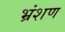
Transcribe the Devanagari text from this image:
भ्रंशण